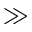
\gg